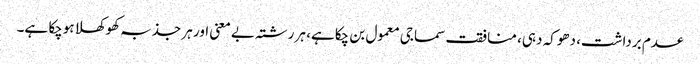
عدم برداشت، دھوکہ دہی، منافقت سماجی معمول بن چکاہے، ہر رشتہ بے معنی اور ہر جذبہ کھوکھلا ہوچکا ہے۔